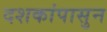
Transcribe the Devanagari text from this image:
दशकांपासुन